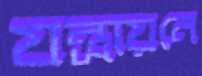
যন্ত্রায়নে